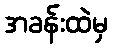
အခန်းထဲမှ